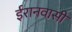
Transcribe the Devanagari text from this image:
ईरानवासी